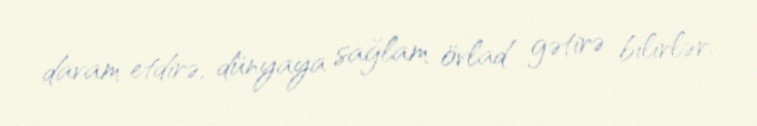
davam etdirə, dünyaya sağlam övlad gətirə bilirlər.